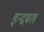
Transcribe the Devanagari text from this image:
इन्द्रबल